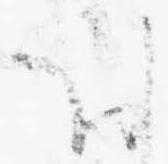
お